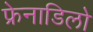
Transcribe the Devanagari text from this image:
फ्रेनाडिलो